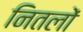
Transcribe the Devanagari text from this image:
नितलों